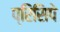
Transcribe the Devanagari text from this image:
प्रिसिपे